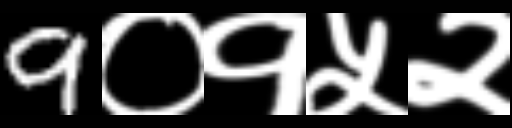
Text: 9०१५२